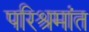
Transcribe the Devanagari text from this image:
परिश्रमांत